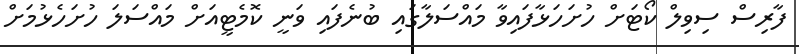
ފާރިސް ސިވިލް ކޯޓަށް ހުށަހަޅާފައިވާ މައްސަލާގައި ބުނެފައި ވަނީ ކޮމެޓީއަށް މައްސަލަ ހުށަހެޅުމަށް